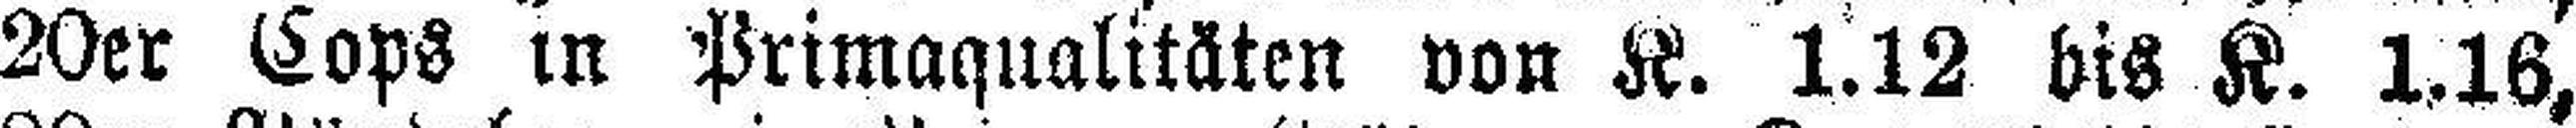
20er Cops in Primaqualitäten von K. 1.12 bis K. 1.16,